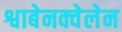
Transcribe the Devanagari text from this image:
श्वाबेनक्वेलेन